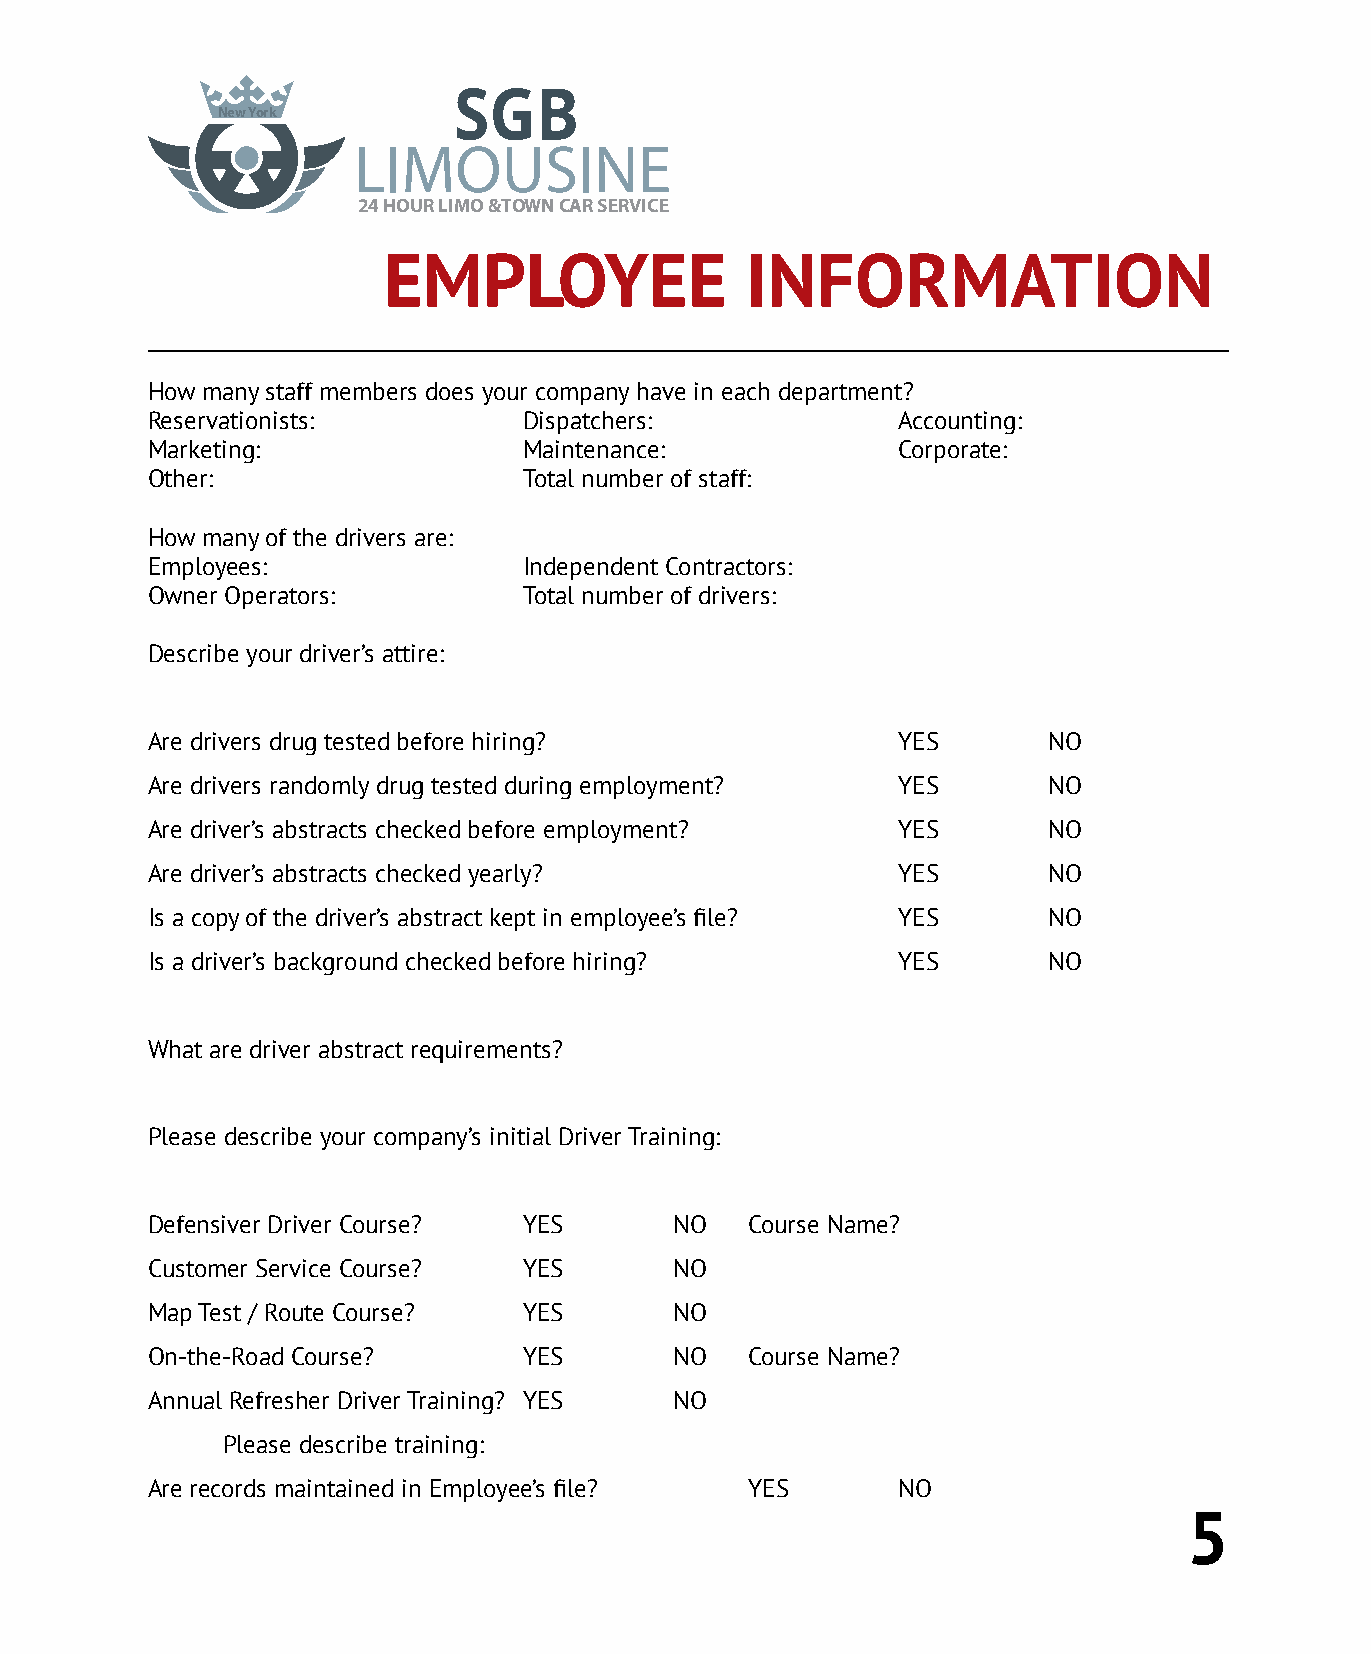
SGB
 New York
 LIMOUSINE
 24 HOUR LIMO &T OWN CAR SERVICE
 EMPLOYEE                INFORMATION
 How many staff members does your company have in each department?
 Reservationists:         Dispatchers:            Accounting:
 Marketing:               Maintenance:            Corporate:
 Other:                   Total number of staff:
 How many of the drivers are:
 Employees:               Independent Contractors:
 Owner Operators:         Total number of drivers:
 Describe your driver’s attire:
 Are drivers drug tested before hiring?           YES       NO
 Are drivers randomly drug tested during employment? YES    NO
 Are driver’s abstracts checked before employment? YES      NO
 Are driver’s abstracts checked yearly?           YES       NO
 Is a copy of the driver’s abstract kept in employee’s file? YES NO
 Is a driver’s background checked before hiring?  YES       NO
 What are driver abstract requirements?
 Please describe your company’s initial Driver Training:
 Defensiver Driver Course? YES      NO  Course Name?
 Customer Service Course? YES       NO
 Map Test / Route Course? YES       NO
 On-the-Road Course?      YES       NO  Course Name?
 Annual Refresher Driver Training? YES NO
 Please describe training:
 Are records maintained in Employee’s file? YES   NO
 5